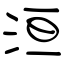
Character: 洹